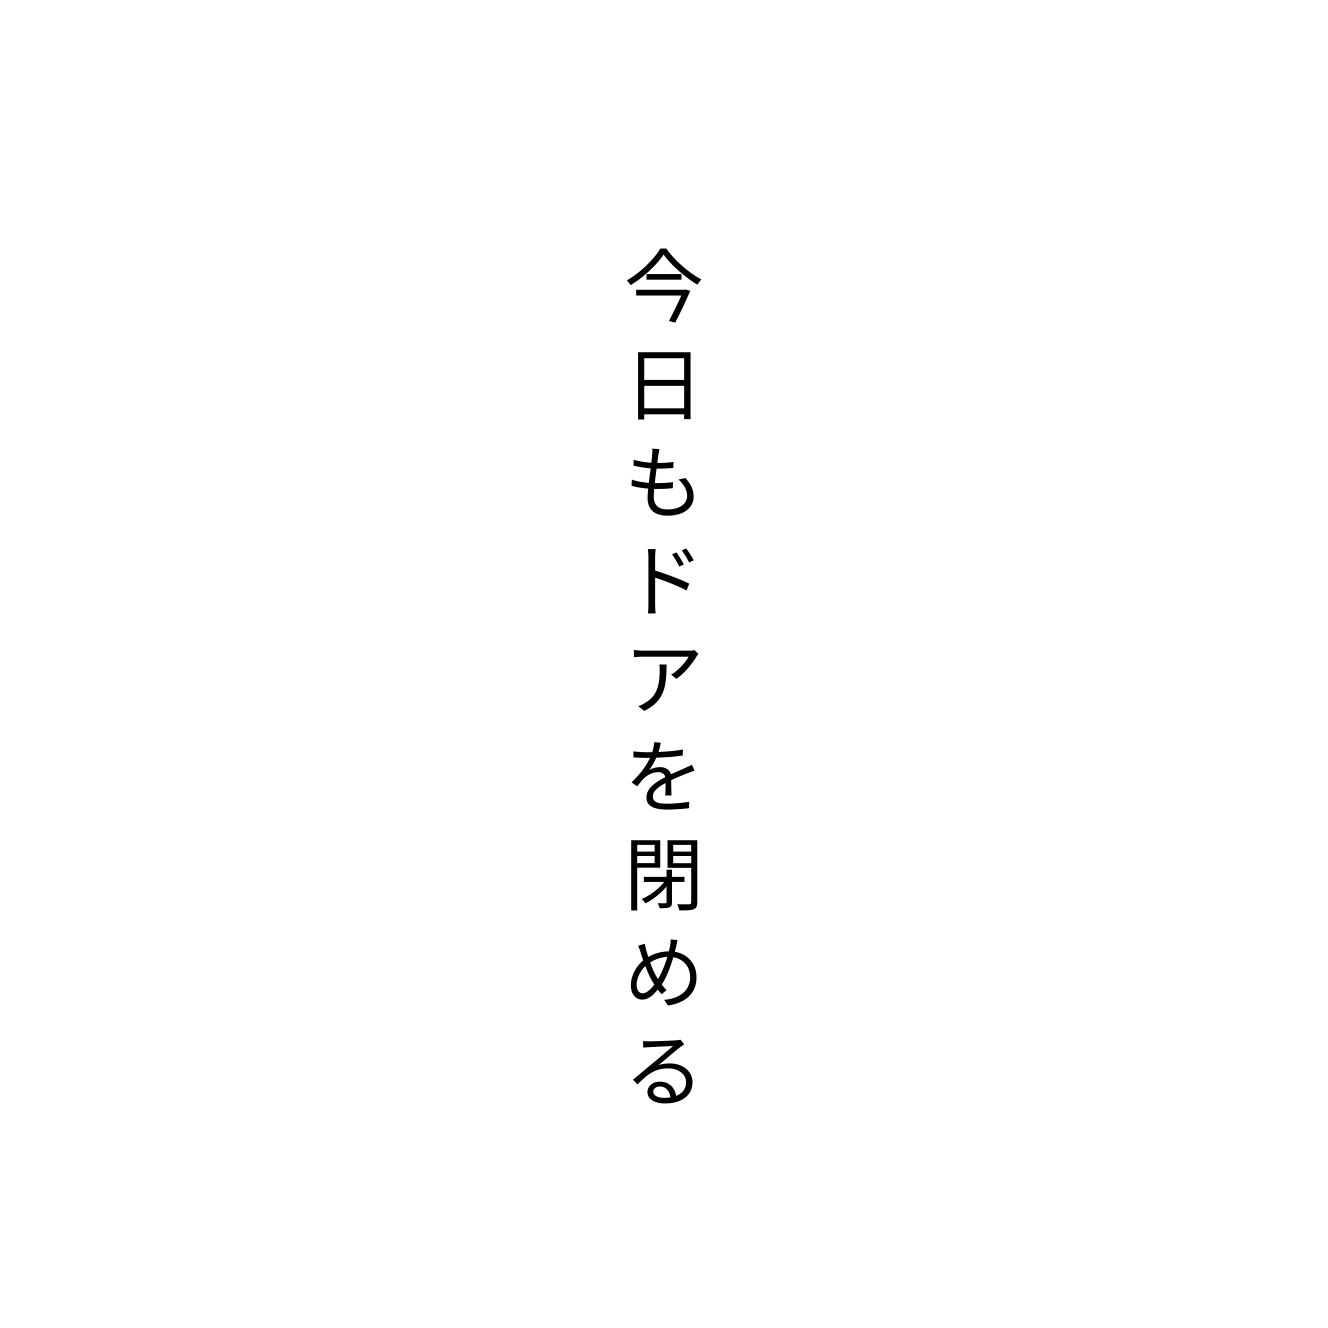
今日もドアを閉める